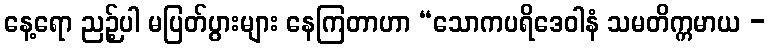
နေ့ရော ညဉ့်ပါ မပြတ်ပွားများ နေကြတာဟာ “သောကပရိဒေဝါနံ သမတိက္ကမာယ -